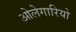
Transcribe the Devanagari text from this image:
ओलेगारियो